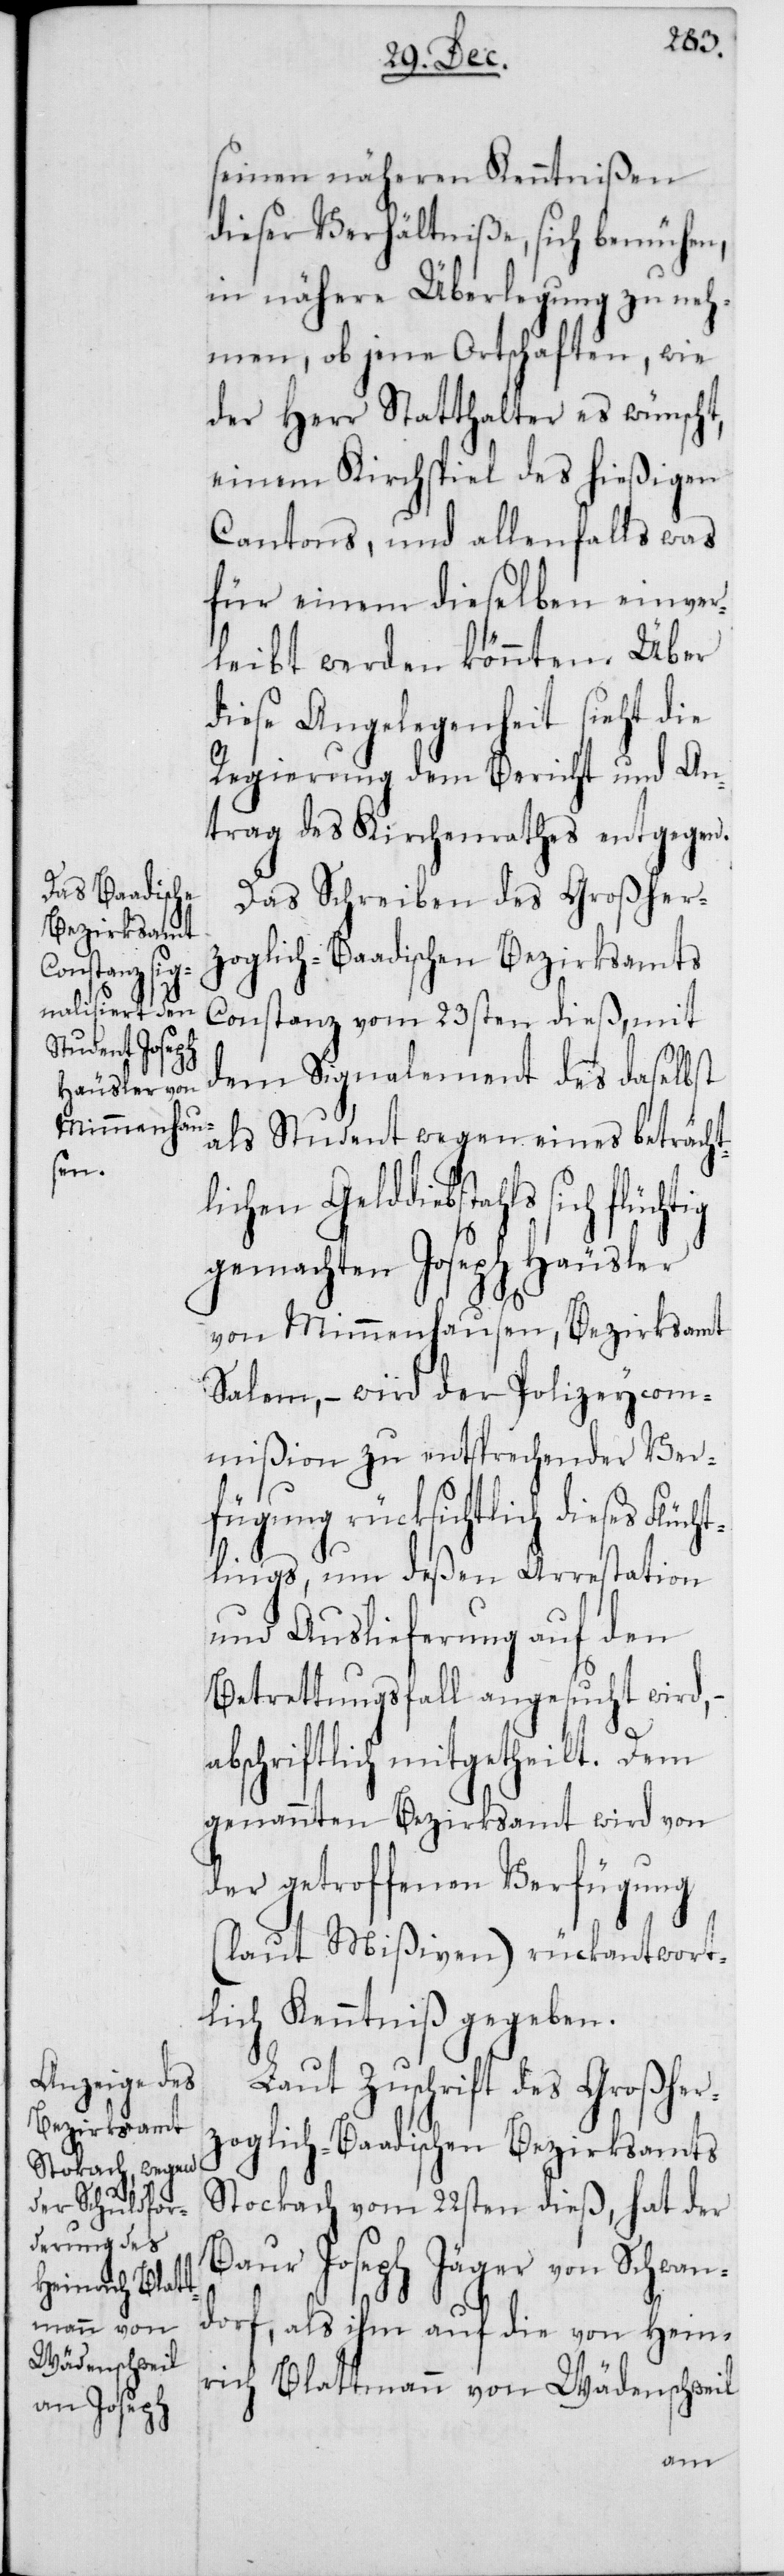
seinen näheren Kenntnißen
dieser Verhältniße, sich bemühen,
in nähere Überlegung zu neh¬
men, ob jene Ortschaften, wie
der Herr Statthalter es wünscht,
einem Kirchspiel des hießigen
Cantons, und allenfalls was
für einem dieselben einver¬
leibt werden könnten. Über
diese Angelegenheit sieht die
Regierung dem Bericht und An¬
trag des Kirchenrathes entgegen.
Das Schreiben des Großher¬
Constanz vom 23sten dieß, mit
dem Signalement des daselbst
als Student wegen eines beträcht¬
lichen Gelddiebstahls sich flücht¬
gemachten Joseph Häusler
von Mimmenhausen, Bezirksamt
Salem, – wird der Polizeycom¬
mißion zu entsprechender Ver¬
fügung rücksichtlich dieses Flüc¬
htlings, um deßen Arrestation
und Auslieferung auf den
Betrettungsfall angesucht wird,
abschriftlich mitgetheilt. Dem
genannten Bezirksamt wird von
der getroffenen Verfügung
(laut Mißiven) rückantwort¬
lich Kenntniß gegeben.
Laut Zuschrift des Großher¬
zoglich-Baadischen Bezirksamts
Stockach vom 22sten dieß, hat der
Baur Joseph Jäger von Schwan¬
dorf, als ihm auf die von Hein¬
rich Blattmann von Wädenschweil
ig